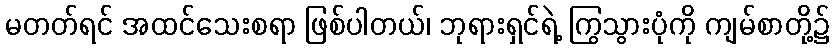
မတတ်ရင် အထင်သေးစရာ ဖြစ်ပါတယ်၊ ဘုရားရှင်ရဲ့ ကြွသွားပုံကို ကျမ်စာတို့၌